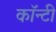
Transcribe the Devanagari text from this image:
काॅन्टी